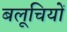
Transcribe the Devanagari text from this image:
बलूचियों